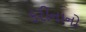
કરીનાનો